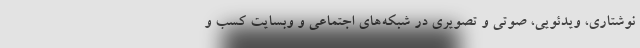
نوشتاری، ویدئویی، صوتی و تصویری در شبکه‌های اجتماعی و وبسایت کسب و